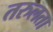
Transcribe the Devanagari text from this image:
तरुलता